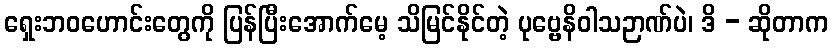
ရှေးဘဝဟောင်းတွေကို ပြန်ပြီးအောက်မေ့ သိမြင်နိုင်တဲ့ ပုဗ္ဗေနိဝါသဉာဏ်ပဲ၊ ဒိ - ဆိုတာက